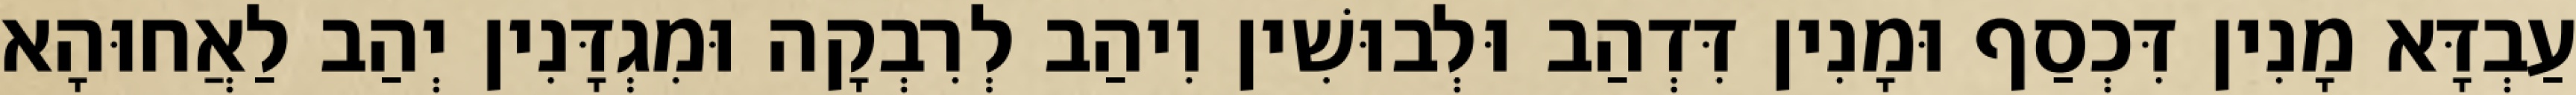
עַבְדָּא מָנִין דִּכְסַף וּמָנִין דִּדְהַב וּלְבוּשִׁין וִיהַב לְרִבְקָה וּמִגְדָּנִין יְהַב לַאֲחוּהָא